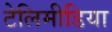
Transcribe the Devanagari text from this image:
टेलिमीडिया